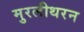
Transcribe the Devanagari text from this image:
मुरलीथरन